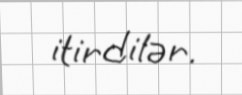
itirdilər.